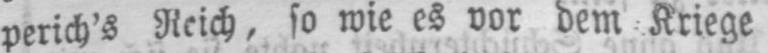
perich’s Reich, so wie es vor dem Kriege